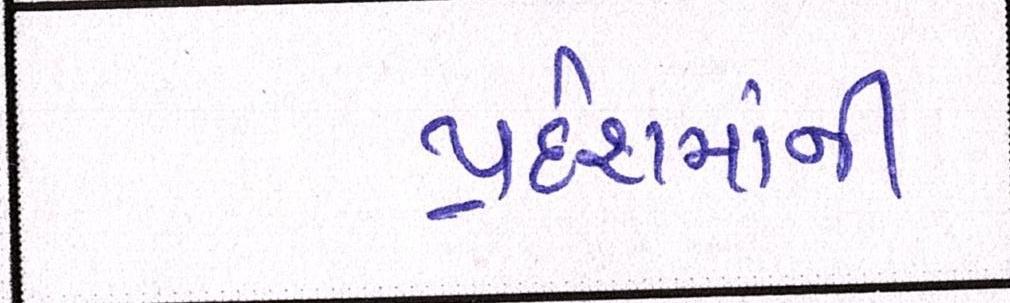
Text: પ્રદેશમાંની